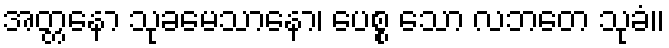
အတ္တနော သုခမေသာနော၊ ပေစ္စ သော လဘတေ သုခံ။